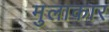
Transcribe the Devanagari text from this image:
मुलाकार